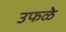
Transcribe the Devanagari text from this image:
उफळे